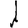
Digit: 1